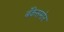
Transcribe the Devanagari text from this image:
बँकेसमोर